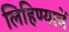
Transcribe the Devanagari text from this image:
लिहिण्याचें